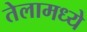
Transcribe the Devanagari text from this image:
तेलामध्ये